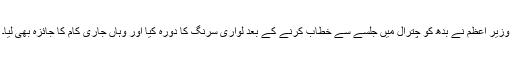
وزیر اعظم نے بدھ کو چترال میں جلسے سے خطاب کرنے کے بعد لواری سرنگ کا دورہ کیا اور وہاں جاری کام کا جائزہ بھی لیا۔